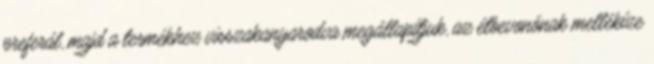
preferál, majd a termékhez visszakanyarodva megállapítjuk, az étbevonónak mellékíze